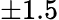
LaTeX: \pm 1.5